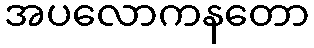
အပလောကနတော